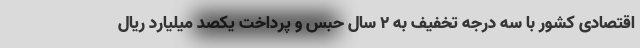
اقتصادی کشور با سه درجه تخفیف به ٢ سال حبس و پرداخت یکصد میلیارد ریال